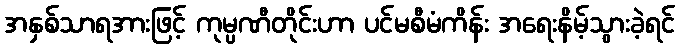
အနှစ်သာရအားဖြင့် ကုမ္ပဏီတိုင်းဟာ ပင်မစီမံကိန်း အရေးနိမ့်သွားခဲ့ရင်